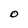
Character: O